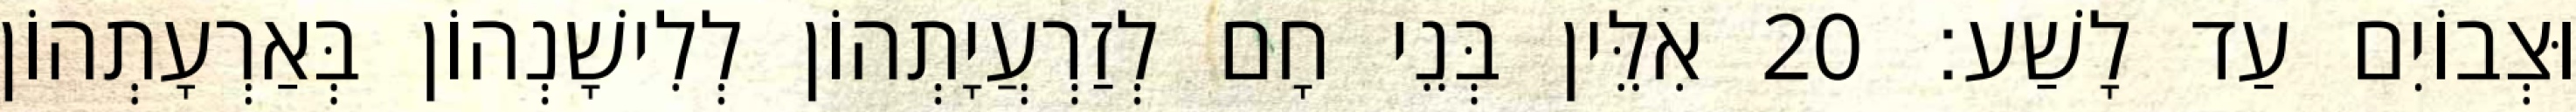
וּצְבוֹיִם עַד לָשַׁע׃ 20 אִלֵּין בְּנֵי חָם לְזַרְעֲיָתְהוֹן לְלִישָׁנְהוֹן בְּאַרְעָתְהוֹן